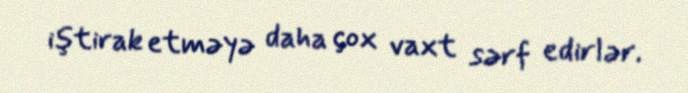
iştirak etməyə daha çox vaxt sərf edirlər.